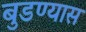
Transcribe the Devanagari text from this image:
बुडण्यास